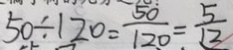
5 0 \div 1 2 0 = \frac { 5 0 } { 1 2 0 } = \frac { 5 } { 1 2 }